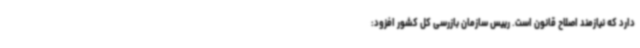
دارد که نیازمند اصلاح قانون است. رییس سازمان بازرسی کل کشور افزود: